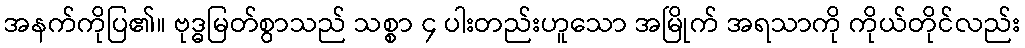
အနက်ကိုပြ၏။ ဗုဒ္ဓမြတ်စွာသည် သစ္စာ ၄ ပါးတည်းဟူသော အမြိုက် အရသာကို ကိုယ်တိုင်လည်း